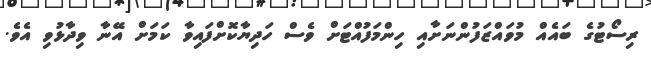
ރިސޯޓުގެ ބައެއް މުވައްޒަފުންނަށާއި ހިންމަފުއްޓަށް ވެސް ހަދިޔާކޮށްފައިވާ ކަމަށް އޭނާ ވިދާޅުވި އެވެ.